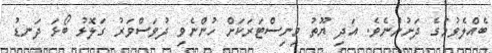
ބެއްލެވުމުގެ ދަށުންނެވެ. އަދި ޔޫތު މިނިސްޓަރަކަށް ހުންނެވި ދުވަސްވަރު ގަލޮޅު ބޯޅަ ދަނޑު